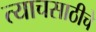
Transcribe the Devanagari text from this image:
त्याचसाठीचे